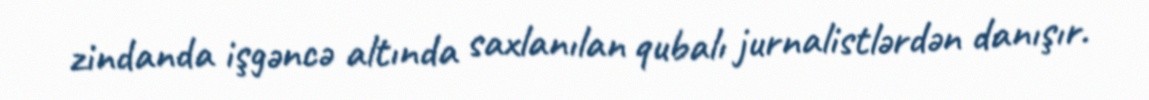
zindanda işgəncə altında saxlanılan qubalı jurnalistlərdən danışır.